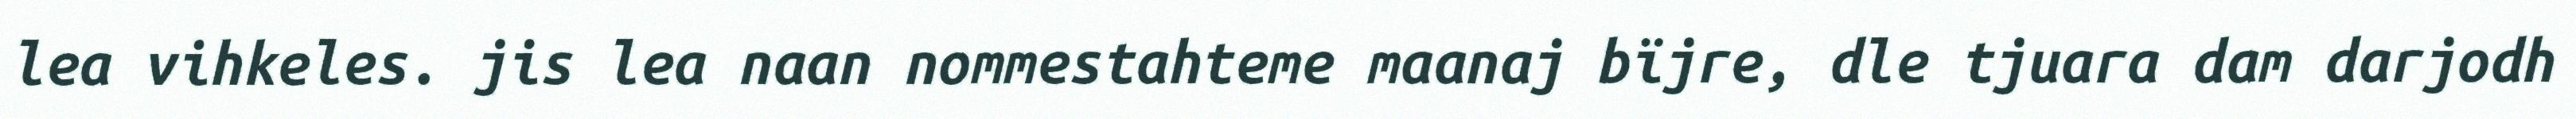
lea vihkeles. jis lea naan nommestahteme maanaj bïjre, dle tjuara dam darjodh